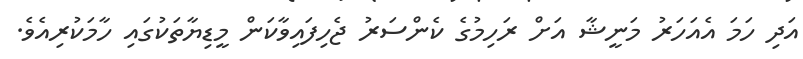
އަދި ހަމަ އެއަހަރު މަނީޝާ އަށް ރަހިމުގެ ކެންސަރު ޖެހިފައިވާކަން މީޑިޔާތަކުގައި ހާމަކުރިއެވެ.